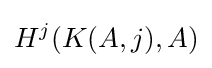
H^{j}(K(A,j),A)